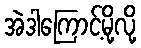
အဲဒါကြောင့်မို့လို့